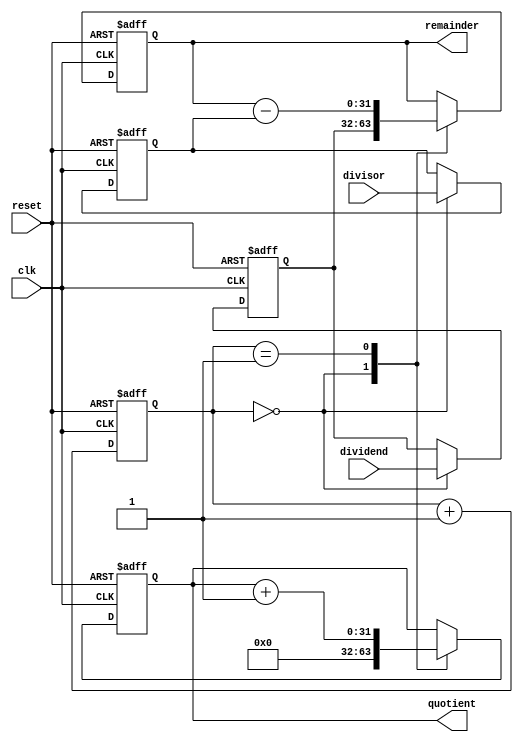
module Pipelined_Divider (
  input wire clk,
  input wire reset,
  input wire [31:0] dividend,
  input wire [31:0] divisor,
  output reg [31:0] quotient,
  output reg [31:0] remainder
);

reg [31:0] dividend_reg;
reg [31:0] divisor_reg;
reg [31:0] remainder_reg;
reg [31:0] quotient_reg;
reg [3:0] stage;

always @(posedge clk or posedge reset) begin
  if (reset) begin
    dividend_reg <= 0;
    divisor_reg <= 0;
    remainder_reg <= 0;
    quotient_reg <= 0;
    stage <= 0;
  end else begin
    case(stage)
      0: begin
        dividend_reg <= dividend;
        divisor_reg <= divisor;
        remainder_reg <= dividend_reg;
        quotient_reg <= 0;
      end
      1: begin
        remainder_reg <= remainder_reg - divisor_reg;
        quotient_reg <= quotient_reg + 1;
      end
      // Add more stages as needed for pipeline design
    endcase

    stage <= stage + 1;
  end
end

assign quotient = quotient_reg;
assign remainder = remainder_reg;

endmodule